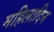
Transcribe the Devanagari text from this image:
महिलादिन